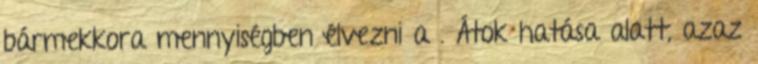
bármekkora mennyiségben élvezni a . Átok hatása alatt, azaz